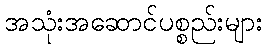
အသုံးအဆောင်ပစ္စည်းများ